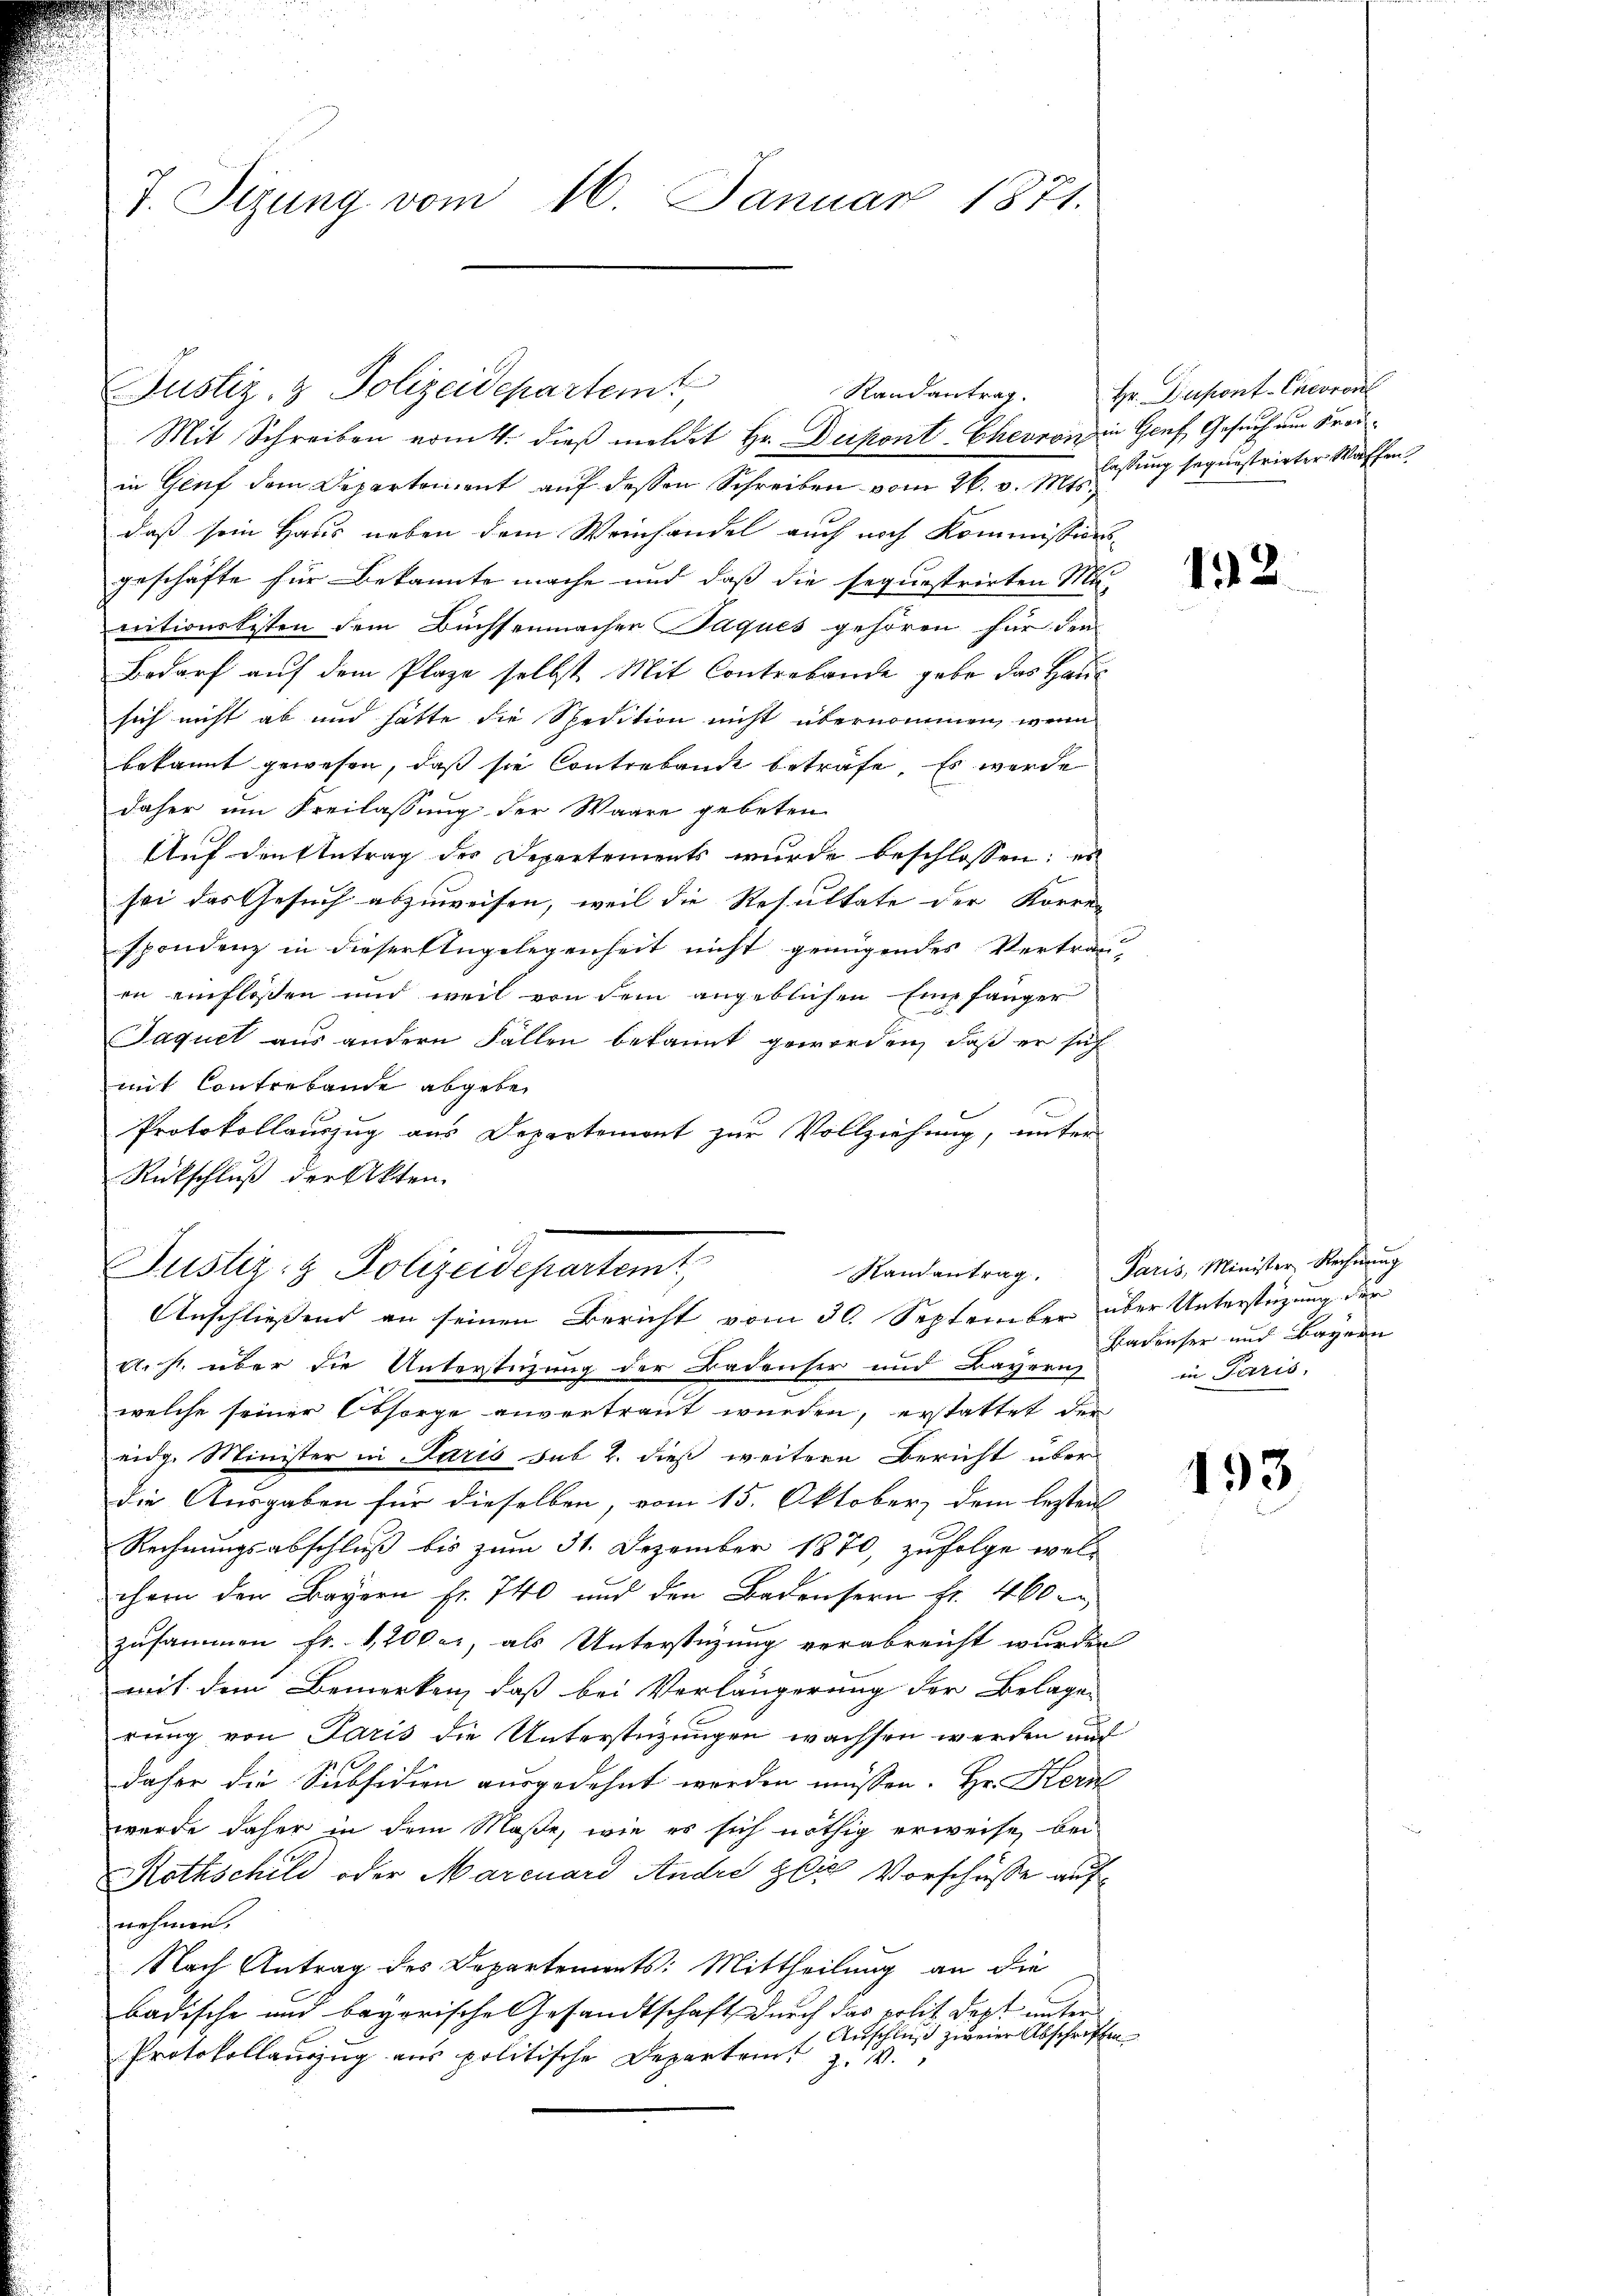
7. Sizung vom 16. Januar 1871.

in Genf dem Departement auf dessen Schreiben vom 26. v. M. lassung sequestrirter Waffen,
daß sein Haus neben dem Weinhandel auch noch Kommissions-
geschäfte für Bekannte mache und daß die sequestrirten Mi-
nitionskisten dem Büchsenmachen Paques gehören für dem
Bedarf auf dem Plaze selbst Mit Contrabande gabe das Haus
sich nicht ab und hätte die Spedition nicht übernommen, wenn
bekannt gewesen, daß sie Contrabande beträfe. Es werde
daher um Freilassung der Waare gebeten
Auf den Antrag des Departements wurde beschlossen: er
sei das Gesuch abzuweisen, weil die Resultate der Korren
spondenz in dieser Engelegenheit nicht genügendes Vertrau-
en einflossen und weil von dem angeblichen Einfänger
Jaquet aus andern Fällen bekannt geworden, daß er sich
mit Contrebende abgeben
Protokollauszug aus Departemont zur Vollziehung, unter
Rückschluß der Akten.
Randantrag. Paris, Minister Rechnŭng
Justiz- & Polizeidepartamt,
Anschließend an seinen Bericht vom 30. September über Unterstüzung der
u. s. über die Unterstüzung der Badenser und Bayerich
welche seiner Obsorge anvertraut wurden, erstattet der
eidg. Minister in Paris sub 2. dieß weitere Bericht über
die Ausgaben für dieselben, vom 15. Oktober, dem besten
Rechnungsabschluß bis zum 31. Dezember 1870, zufolge wel-
chern den Bayern fr. 740 und den Badensern fr. 460.
zusammen fr. 1200 er, als Unterstüzung verabreicht wurden
mit dem Bemerken, daß bei Verlängerung der Belage
rung von Paris die Unterstützungen wachsen werden auch
daher die Subsidien ausgedehnt werden müssen. Hr. Kern
wurde daher in dem Maße, wie es sich nöthig erweise, bei
Rothschild oder Marcuard Andre bis Vorschüße aufnehmen.
Nach Antrag des Departements: Mittheilung an die
badische und bayerische Gesandtschaft durch das polit dept unter
Anschluß zweier Abschriften
Protokollauszug aus politische Departamt z. v.

Justiz- & Polizeidepartem

Mit Schreiben vom 4. dieß meldet Hr. Dupont Chevron in Genf, Gesuch am Frau¬

Randantrag. Hr. Dapont-Cacoron

122

Badenser und Bayern
in Paris,

193